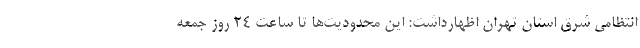
انتظامی شرق استان تهران اظهارداشت: این محدودیت‌ها تا ساعت ۲۴ روز جمعه